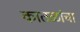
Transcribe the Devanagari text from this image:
कातळांचा